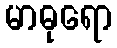
မာဓုရော